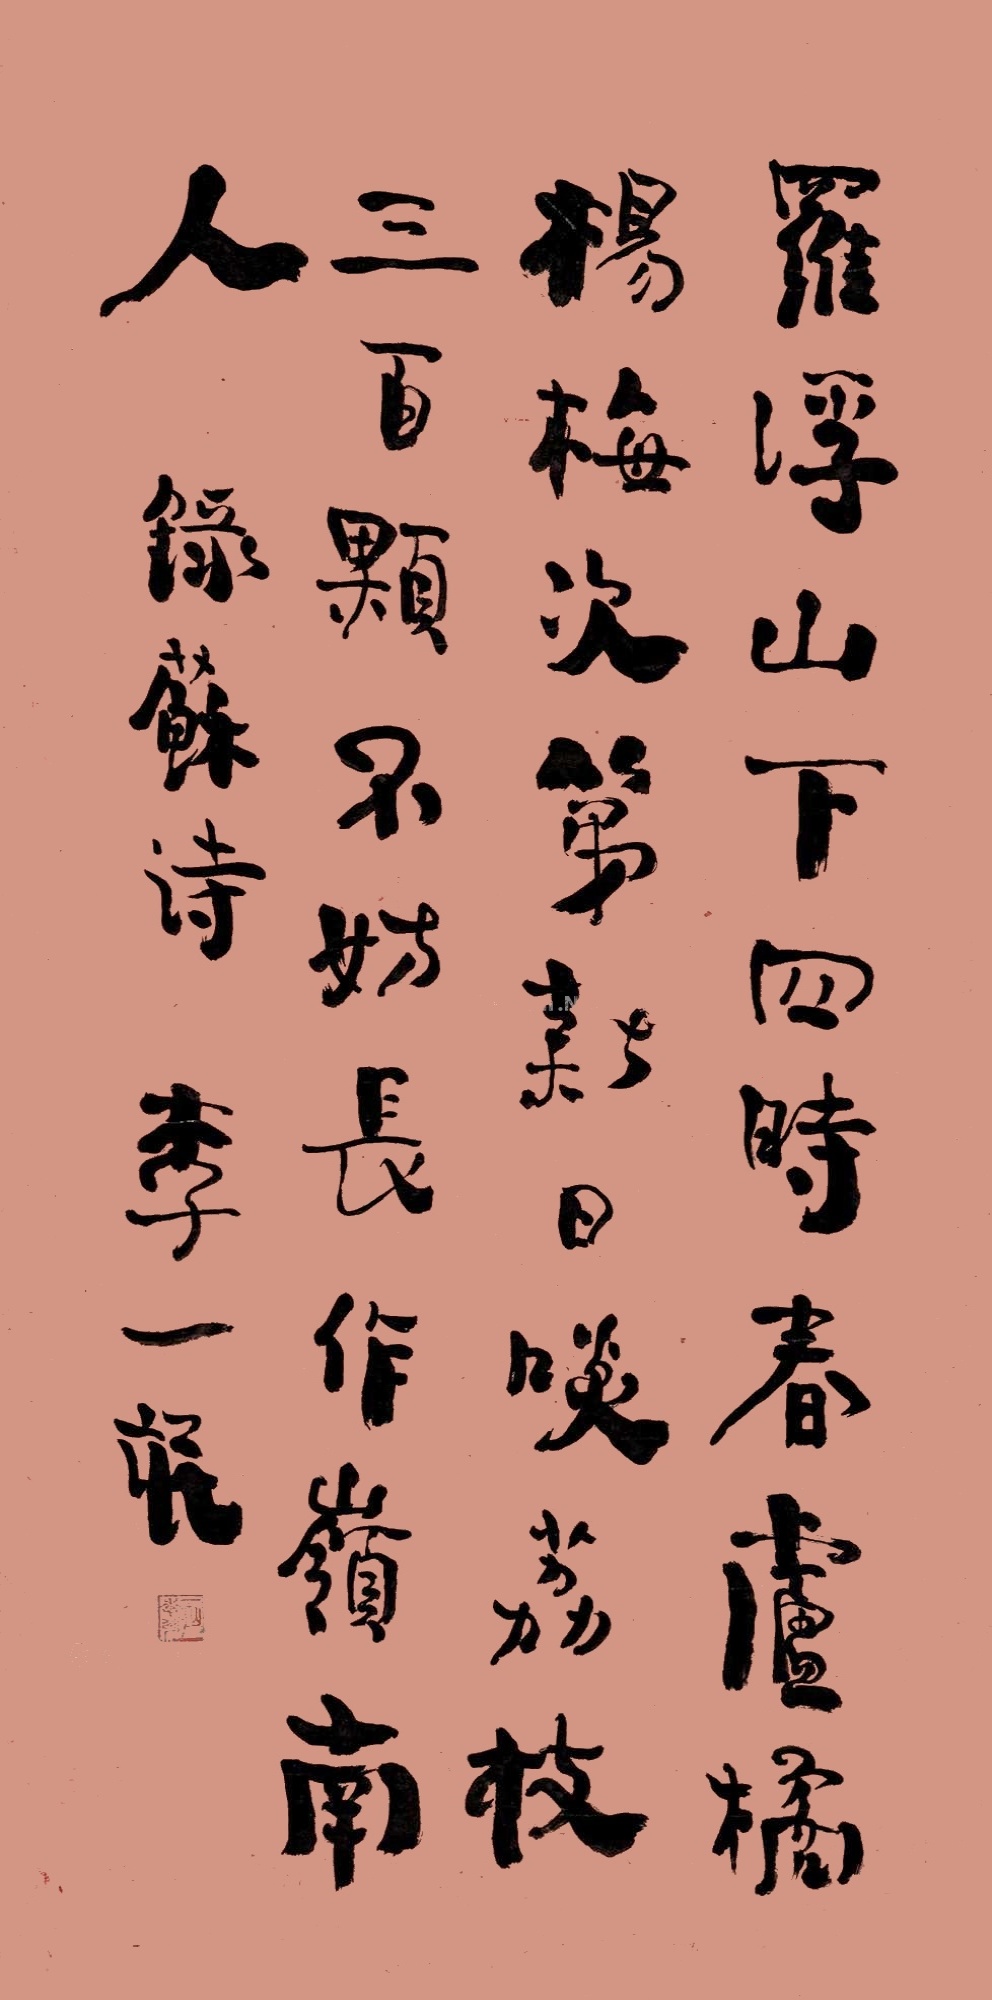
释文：罗浮山下四时春，庐橘杨梅次第新。日啖荔枝三百颗，不辞长作岭南人。录苏诗，李一氓。